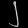
Digit: ၂